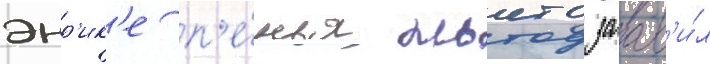
энр'ик'е п'е́нья ньето заав'и́л